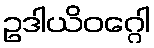
ဥဒါယိဝဂ္ဂေါ